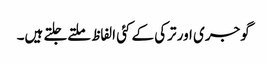
گوجری اور ترکی کے کئی الفاظ ملتےجلتے ہیں۔